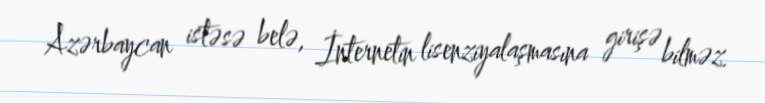
Azərbaycan istəsə belə, İnternetin lisenziyalaşmasına girişə bilməz.